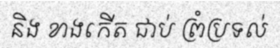
និង ខាងកើត ជាប់ ព្រំប្រទល់